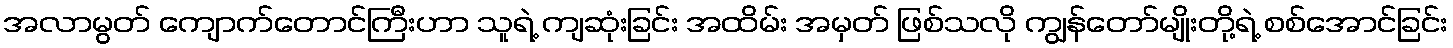
အလာမွတ် ကျောက်တောင်ကြီးဟာ သူရဲ့ ကျဆုံးခြင်း အထိမ်း အမှတ် ဖြစ်သလို ကျွန်တော်မျိုးတို့ရဲ့ စစ်အောင်ခြင်း